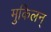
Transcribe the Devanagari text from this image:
मुकिलन्